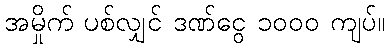
အမှိုက် ပစ်လျှင် ဒဏ်ငွေ ၁၀၀၀ ကျပ်။